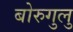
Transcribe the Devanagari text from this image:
बोरुगुलु